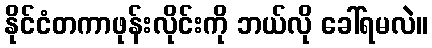
နိုင်ငံတကာဖုန်းလိုင်းကို ဘယ်လို ခေါ်ရမလဲ။